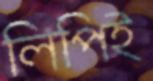
লিপিই